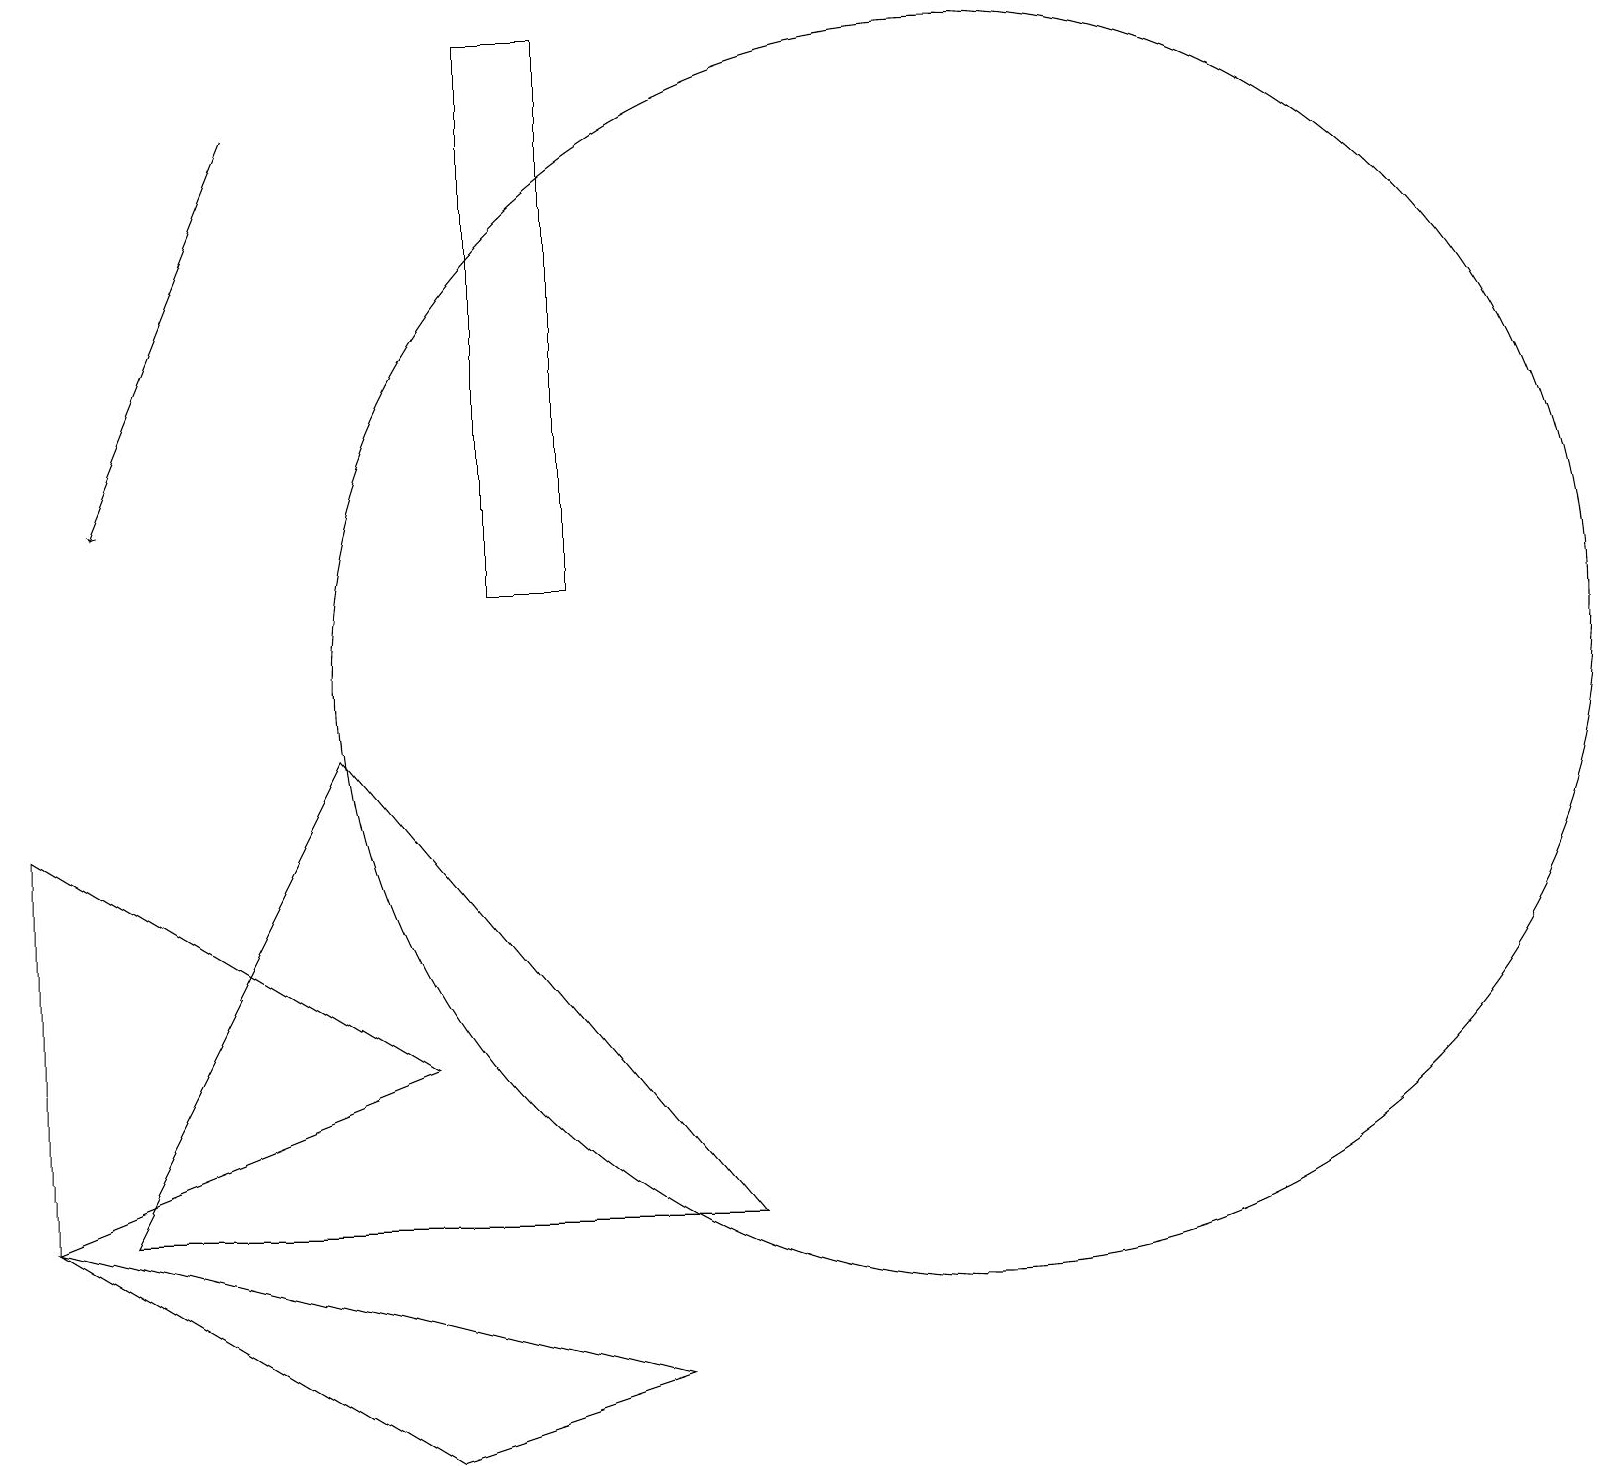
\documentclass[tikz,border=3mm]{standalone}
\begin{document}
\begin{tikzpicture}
\draw (6,15) rectangle (6,13);
\draw (5,5) -- (0,8) -- (0,3) -- cycle;
\draw (7,18) rectangle (6,11);
\draw (12,10) circle (8);
\draw (10,10) circle (0);
\draw (4,9) -- (9,3) -- (1,3) -- cycle;
\draw (8,1) -- (5,0) -- (0,3) -- cycle;
\draw[->] (3,17) -- (1,12);
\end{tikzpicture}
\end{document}